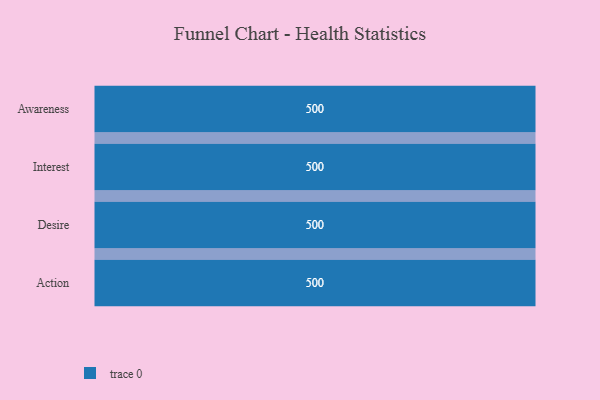
{"axis": {"x": "Stage", "y": "Value"}, "legend": [""], "data": [{"x": "Awareness", "y": 500, "type": ""}, {"x": "Interest", "y": 500, "type": ""}, {"x": "Desire", "y": 500, "type": ""}, {"x": "Action", "y": 500, "type": ""}]}